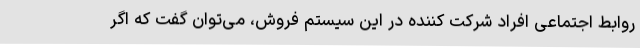
روابط اجتماعی افراد شرکت کننده در این سیستم فروش، می‌توان گفت که اگر